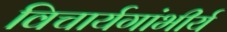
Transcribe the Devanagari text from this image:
विचार्यगांभीर्य